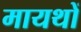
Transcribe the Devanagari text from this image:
मायथों